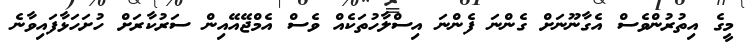
މީގެ އިތުރުންވެސް އެގާނޫނަށް ގެންނަ ފެންނަ އިސްލާހުތަކެއް ވެސް އެމްޖޭއޭއިން ސަރުކާރަށް ހުށަހަޅާފައިވާނެ